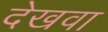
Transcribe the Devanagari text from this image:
देखवा